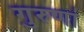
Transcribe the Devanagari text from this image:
गुरुणां